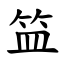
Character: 笽